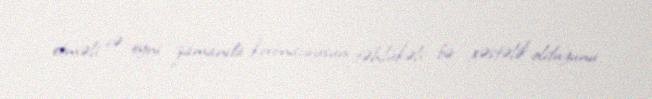
etməli və eyni zamanda koronavirusun təhlükəli bir xəstəlik olduğunu